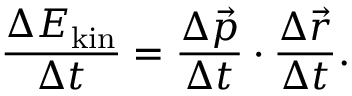
\frac { \Delta E _ { \mathrm { k i n } } } { \Delta t } = \frac { \Delta \vec { p } } { \Delta t } \cdot \frac { \Delta \vec { r } } { \Delta t } .